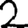
Digit: 2